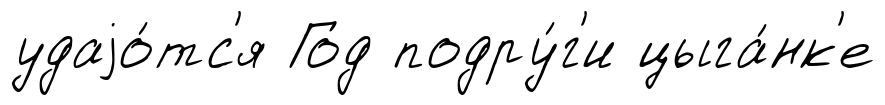
удаjо́тс'я Год подру́г'и цыга́нк'е